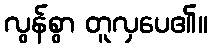
လွန်စွာ တူလှပေ၏။